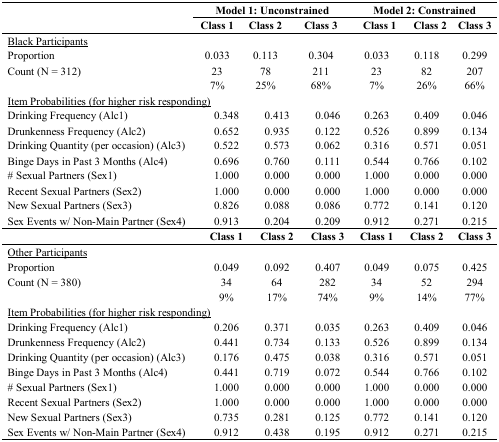
<table><thead><tr><td rowspan="2"></td><td colspan="3"><b>Model 1: Unconstrained</b></td><td colspan="3"><b>Model 2: Constrained</b></td></tr><tr><td><b>Class 1</b></td><td><b>Class 2</b></td><td><b>Class 3</b></td><td><b>Class 1</b></td><td><b>Class 2</b></td><td><b>Class 3</b></td></tr></thead><tbody><tr><td colspan="7"><underline>Black Participants</underline></td></tr><tr><td>Proportion</td><td>0.033</td><td>0.113</td><td>0.304</td><td>0.033</td><td>0.118</td><td>0.299</td></tr><tr><td>Count (N = 312)</td><td>23</td><td>78</td><td>211</td><td>23</td><td>82</td><td>207</td></tr><tr><td></td><td>7%</td><td>25%</td><td>68%</td><td>7%</td><td>26%</td><td>66%</td></tr><tr><td colspan="7"><underline>Item Probabilities (for higher risk responding)</underline></td></tr><tr><td>Drinking Frequency (Alc1)</td><td>0.348</td><td>0.413</td><td>0.046</td><td>0.263</td><td>0.409</td><td>0.046</td></tr><tr><td>Drunkenness Frequency (Alc2)</td><td>0.652</td><td>0.935</td><td>0.122</td><td>0.526</td><td>0.899</td><td>0.134</td></tr><tr><td>Drinking Quantity (per occasion) (Alc3)</td><td>0.522</td><td>0.573</td><td>0.062</td><td>0.316</td><td>0.571</td><td>0.051</td></tr><tr><td>Binge Days in Past 3 Months (Alc4)</td><td>0.696</td><td>0.760</td><td>0.111</td><td>0.544</td><td>0.766</td><td>0.102</td></tr><tr><td># Sexual Partners (Sex1)</td><td>1.000</td><td>0.000</td><td>0.000</td><td>1.000</td><td>0.000</td><td>0.000</td></tr><tr><td>Recent Sexual Partners (Sex2)</td><td>1.000</td><td>0.000</td><td>0.000</td><td>1.000</td><td>0.000</td><td>0.000</td></tr><tr><td>New Sexual Partners (Sex3)</td><td>0.826</td><td>0.088</td><td>0.086</td><td>0.772</td><td>0.141</td><td>0.120</td></tr><tr><td>Sex Events w/ Non-Main Partner (Sex4)</td><td>0.913</td><td>0.204</td><td>0.209</td><td>0.912</td><td>0.271</td><td>0.215</td></tr><tr><td></td><td><b>Class 1</b></td><td><b>Class 2</b></td><td><b>Class 3</b></td><td><b>Class 1</b></td><td><b>Class 2</b></td><td><b>Class 3</b></td></tr><tr><td colspan="7"><underline>Other Participants</underline></td></tr><tr><td>Proportion</td><td>0.049</td><td>0.092</td><td>0.407</td><td>0.049</td><td>0.075</td><td>0.425</td></tr><tr><td>Count (N = 380)</td><td>34</td><td>64</td><td>282</td><td>34</td><td>52</td><td>294</td></tr><tr><td></td><td>9%</td><td>17%</td><td>74%</td><td>9%</td><td>14%</td><td>77%</td></tr><tr><td colspan="7"><underline>Item Probabilities (for higher risk responding)</underline></td></tr><tr><td>Drinking Frequency (Alc1)</td><td>0.206</td><td>0.371</td><td>0.035</td><td>0.263</td><td>0.409</td><td>0.046</td></tr><tr><td>Drunkenness Frequency (Alc2)</td><td>0.441</td><td>0.734</td><td>0.133</td><td>0.526</td><td>0.899</td><td>0.134</td></tr><tr><td>Drinking Quantity (per occasion) (Alc3)</td><td>0.176</td><td>0.475</td><td>0.038</td><td>0.316</td><td>0.571</td><td>0.051</td></tr><tr><td>Binge Days in Past 3 Months (Alc4)</td><td>0.441</td><td>0.719</td><td>0.072</td><td>0.544</td><td>0.766</td><td>0.102</td></tr><tr><td># Sexual Partners (Sex1)</td><td>1.000</td><td>0.000</td><td>0.000</td><td>1.000</td><td>0.000</td><td>0.000</td></tr><tr><td>Recent Sexual Partners (Sex2)</td><td>1.000</td><td>0.000</td><td>0.000</td><td>1.000</td><td>0.000</td><td>0.000</td></tr><tr><td>New Sexual Partners (Sex3)</td><td>0.735</td><td>0.281</td><td>0.125</td><td>0.772</td><td>0.141</td><td>0.120</td></tr><tr><td>Sex Events w/ Non-Main Partner (Sex4)</td><td>0.912</td><td>0.438</td><td>0.195</td><td>0.912</td><td>0.271</td><td>0.215</td></tr></tbody></table>